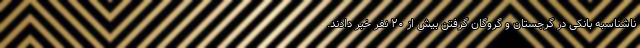
ناشناسبه بانکی در گرجستان و گروگان گرفتن بیش از ۲۰ نفر خبر دادند.